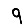
Digit: 9